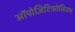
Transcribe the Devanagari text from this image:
ऑपोज़िटिफ़ोलियम